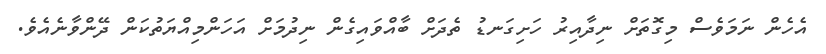
އެހެން ނަމަވެސް މިގޮތަށް ނިދާއިރު ހަށިގަނޑު ތެދަށް ބާއްވައިގެން ނިދުމަށް އަހަންމިއްޔަތުކަން ދޭންވާނެއެވެ.